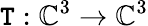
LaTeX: \mathtt{T}:\mathbb{{C}}^{3}\to\mathbb{{C}}^{3}